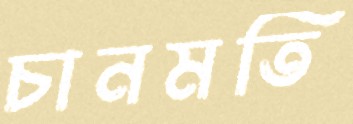
চানমতি